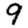
Digit: 9